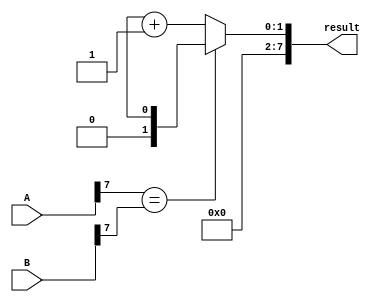
module subtractor(
    input [7:0] A,
    input [7:0] B,
    output reg [7:0] result
);

// XOR gates for subtraction
genvar i;
generate
    for (i = 0; i < 8; i = i + 1) begin
        assign diff[i] = A[i] ^ B[i];
    end
endgenerate

// CARRY-OUT generation
assign carry[0] = 1;
generate
    for (i = 1; i < 8; i = i + 1) begin
        assign carry[i] = (A[i - 1] & B[i - 1]) | (B[i - 1] & carry[i - 1]) | (A[i - 1] & carry[i - 1]);
    end
endgenerate

// Subtraction result
always @(*) begin
    if (A[7] == B[7]) begin
        result = diff;
    end else begin
        result = diff + 1;
    end
end

endmodule